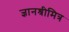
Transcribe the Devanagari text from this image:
ज्ञानश्रीमित्र